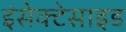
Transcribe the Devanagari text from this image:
इंसेक्टेसाइड